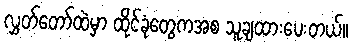
လွှတ်တော်ထဲမှာ ထိုင်ခုံတွေကအစ သူချထားပေးတယ်။